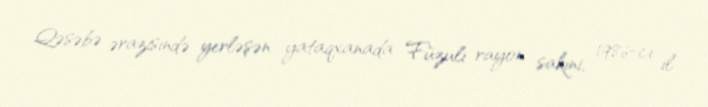
Qəsəbə ərazisində yerləşən yataqxanada Füzuli rayon sakini, 1986-cı il